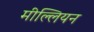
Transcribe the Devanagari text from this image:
मील्लियन